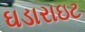
ઘડારાઇટ